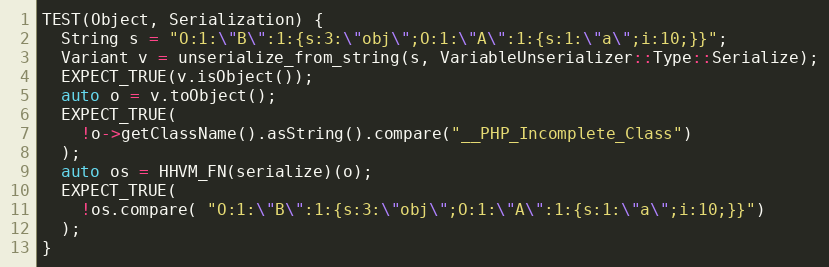
Language: C++
TEST(Object, Serialization) {
  String s = "O:1:\"B\":1:{s:3:\"obj\";O:1:\"A\":1:{s:1:\"a\";i:10;}}";
  Variant v = unserialize_from_string(s, VariableUnserializer::Type::Serialize);
  EXPECT_TRUE(v.isObject());
  auto o = v.toObject();
  EXPECT_TRUE(
    !o->getClassName().asString().compare("__PHP_Incomplete_Class")
  );
  auto os = HHVM_FN(serialize)(o);
  EXPECT_TRUE(
    !os.compare( "O:1:\"B\":1:{s:3:\"obj\";O:1:\"A\":1:{s:1:\"a\";i:10;}}")
  );
}